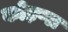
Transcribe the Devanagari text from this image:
कोड़प्पा